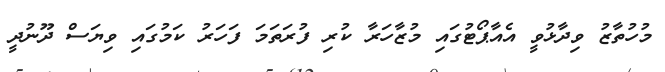
މުހުތާޒު ވިދާޅުވީ އެއާޕޯޓުގައި މުޒާހަރާ ކުރި ފުރަތަމަ ފަހަރު ކަމުގައި ވިޔަސް ދޫނުދީ